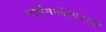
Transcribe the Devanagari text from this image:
सूर्यमालेसारख्या